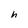
Character: h